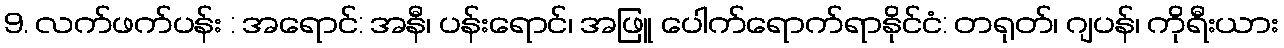
9. လက်ဖက်ပန်း : အရောင်: အနီ၊ ပန်းရောင်၊ အဖြူ ပေါက်ရောက်ရာနိုင်ငံ: တရုတ်၊ ဂျပန်၊ ကိုရီးယား